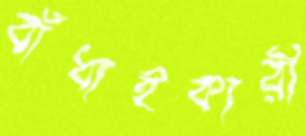
বাঁধাইকারী